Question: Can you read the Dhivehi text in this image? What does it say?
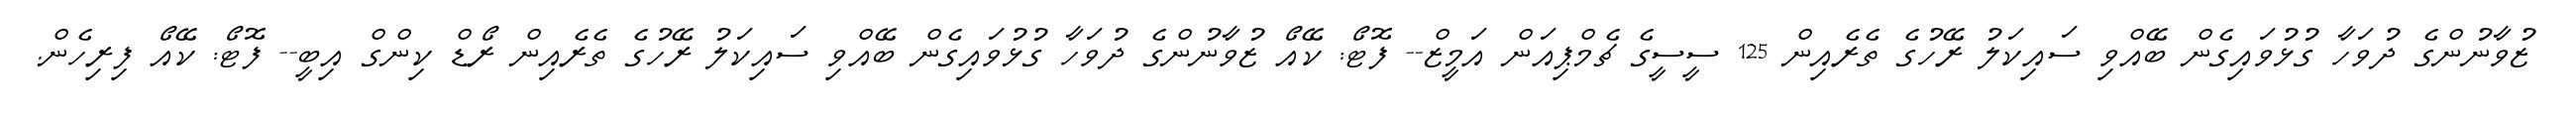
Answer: ޒުވާނުންގެ ދުވަހާ ގުޅުވައިގެން ބޭއްވި ސައިކަލު ރޭހުގެ ތެރެއިން 125 ސީސީގެ ޗެމްޕިއަން އަމީޒް-- ފޮޓޯ: ކޭއޯ ޒުވާނުންގެ ދުވަހާ ގުޅުވައިގެން ބޭއްވި ސައިކަލު ރޭހުގެ ތެރެއިން ރޯޑް ކިންގް އިބީ-- ފޮޓޯ: ކޭއޯ ފިރިހެން.